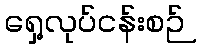
ရှေ့လုပ်ငန်းစဉ်